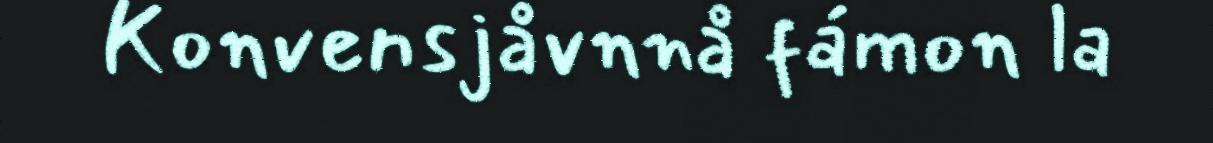
Konvensjåvnnå fámon la